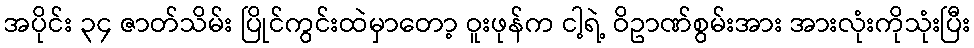
အပိုင်း ၃၄ ဇာတ်သိမ်း ပြိုင်ကွင်းထဲမှာတော့ ဝူးဖုန်က ငါ့ရဲ့ ဝိဥာဏ်စွမ်းအား အားလုံးကိုသုံးပြီး